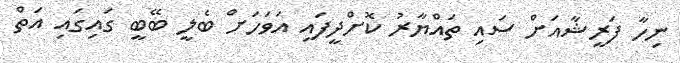
ނިހާ ފަރީޝާއަށް ސައި ތައްޔާރު ކޮށްދީފައި އަވަހަށް ބެލީ ބޭބީ ގައިގައި އަތް